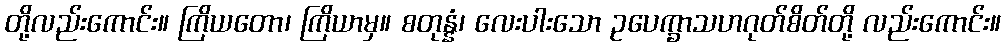
တို့လည်းကောင်း။ ကြိယတော၊ ကြိယာမှ။ စတုန္နံ၊ လေးပါးသော ဥပေက္ခာသဟဂုတ်စိတ်တို့ လည်းကောင်း။